Vaccination in Bombay 1856-1862 - 1856-1862
Year: 1856
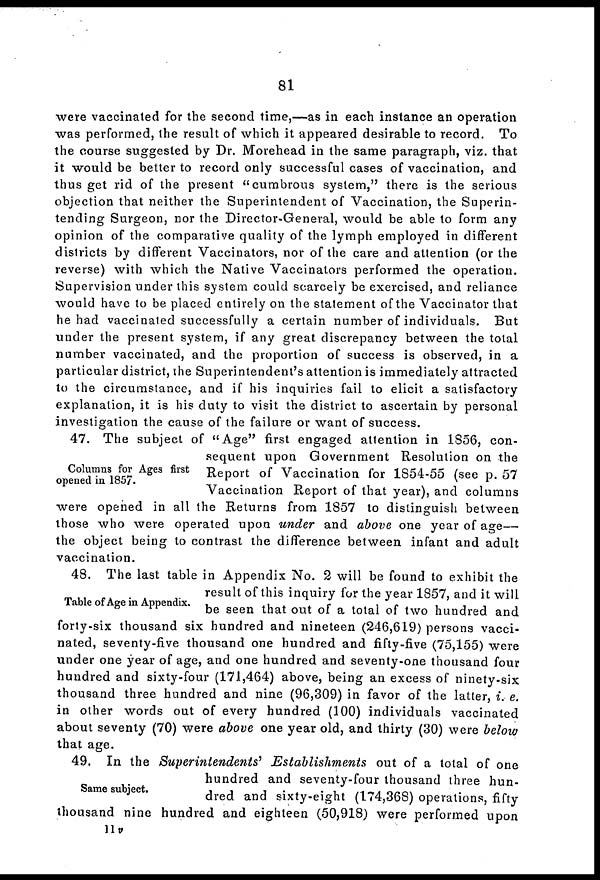
81
were vaccinated for the second time,—as in each instance an operation
was performed, the result of which it appeared desirable to record. To
the course suggested by Dr. Morehead in the same paragraph, viz. that
it would be better to record only successful cases of vaccination, and
thus get rid of the present "cumbrous system," there is the serious
objection that neither the Superintendent of Vaccination, the Superin-
tending Surgeon, nor the Director-General, would be able to form any
opinion of the comparative quality of the lymph employed in different
districts by different Vaccinators, nor of the care and attention (or the
reverse) with which the Native Vaccinators performed the operation.
Supervision under this system could scarcely be exercised, and reliance
would have to be placed entirely on the statement of the Vaccinator that
he had vaccinated successfully a certain number of individuals. But
under the present system, if any great discrepancy between the total
number vaccinated, and the proportion of success is observed, in a
particular district, the Superintendent's attention is immediately attracted
to the circumstance, and if his inquiries fail to elicit a satisfactory
explanation, it is his duty to visit the district to ascertain by personal
investigation the cause of the failure or want of success.
Columns for Ages first
opened in 1857.
47. The subject of "Age" first engaged attention in 1856, con-
sequent upon Government Resolution on the
Report of Vaccination for 1854-55 (see p. 57
Vaccination Report of that year), and columns
were opened in all the Returns from 1857 to distinguish between
those who were operated upon under and above one year of age—
the object being to contrast the difference between infant and adult
vaccination.
Table of Age in Appendix.
48. The last table in Appendix No. 2 will be found to exhibit the
result of this inquiry for the year 1857, and it will
be seen that out of a total of two hundred and
forty-six thousand six hundred and nineteen (246,619) persons vacci-
nated, seventy-five thousand one hundred and fifty-five (75,155) were
under one year of age, and one hundred and seventy-one thousand four
hundred and sixty-four (171,464) above, being an excess of ninety-six
thousand three hundred and nine (96,309) in favor of the latter, i. e.
in other words out of every hundred (100) individuals vaccinated
about seventy (70) were above one year old, and thirty (30) were below
that age.
Same subject.
49. In the Superintendents'
Establishments
out of a total of one
hundred and seventy-four thousand three hun-
dred and sixty-eight (174,368) operations, fifty
thousand nine hundred and eighteen (50,918) were performed upon
11 v